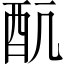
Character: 𲆥